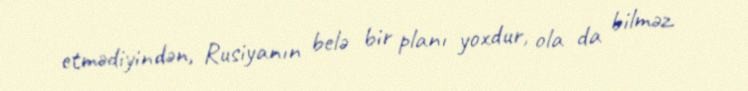
etmədiyindən, Rusiyanın belə bir planı yoxdur, ola da bilməz.